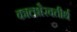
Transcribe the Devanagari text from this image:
कालभैरवतीर्थ